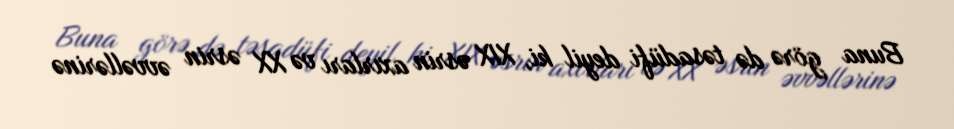
Buna görə də təsadüfi deyil ki, XIX əsrin axırları və XX əsrin əvvəllərinə